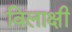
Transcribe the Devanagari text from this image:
विलाक्षी